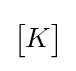
{\begin{bmatrix}K\end{bmatrix}}